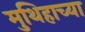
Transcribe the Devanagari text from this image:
मुथिहाच्या